Indian journal of veterinary science and animal husbandry - Volume 2,
Year: 1932
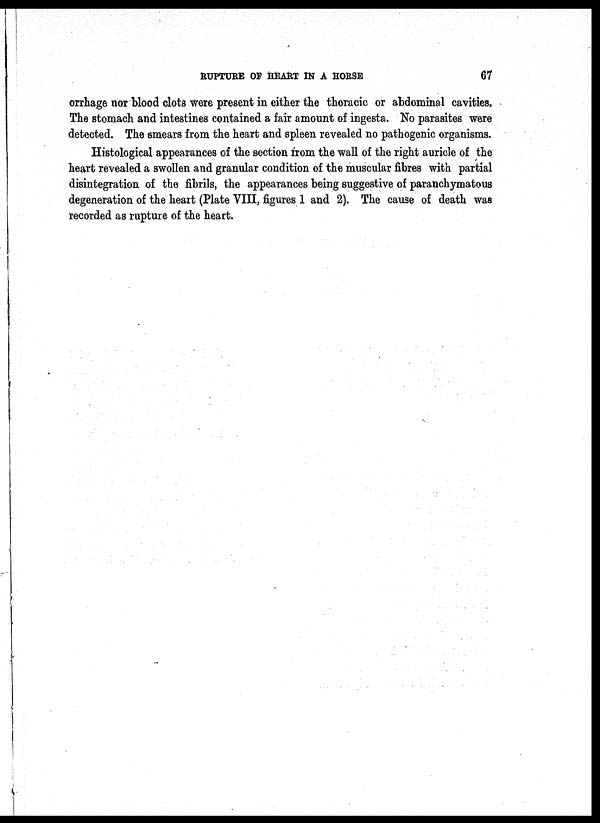
RUPTURE OF HEART IN A
HORSE
67
orrhage nor blood clots were present in either the thoracic or abdominal cavities.
The stomach and intestines contained a fair amount of ingesta. No parasites were
detected. The smears from the heart and spleen revealed no pathogenic organisms.
Histological appearances of the section from the wall of the right auricle of the
heart revealed a swollen and granular condition of the muscular fibres with partial
disintegration of the fibrils, the appearances being suggestive of paranchymatous
degeneration of the heart (Plate VIII, figures 1 and 2). The cause of death was
recorded as rupture of the heart.